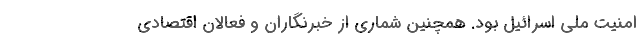
امنیت ملی اسرائیل بود. همچنین شماری از خبرنگاران و فعالان اقتصادی